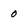
Character: o